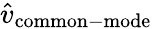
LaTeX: {\hat{v}}_{\mathrm{common-mode}}